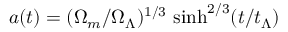
a ( t ) = ( \Omega _ { m } / \Omega _ { \Lambda } ) ^ { 1 / 3 } \, \sinh ^ { 2 / 3 } ( t / t _ { \Lambda } )